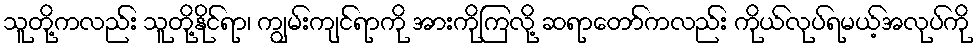
သူတို့ကလည်း သူတို့နိုင်ရာ၊ ကျွမ်းကျင်ရာကို အားကိုကြလို့ ဆရာတော်ကလည်း ကိုယ်လုပ်ရမယ့်အလုပ်ကို